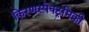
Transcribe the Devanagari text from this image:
किरणस्पेक्ट्रमिकी